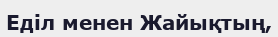
Еділ менен Жайықтың,